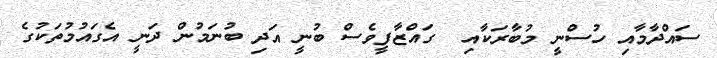
ސައްދާމާއި ހުސްނީ މުބާރަކާއި  ގައްޒާފީވެސް ބުނީ އަދި ބުނަމުން ދަނީ އެގައުމުތަކުގެ